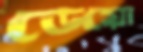
ডেয়ো